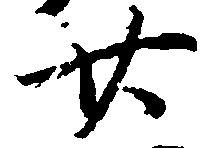
廿